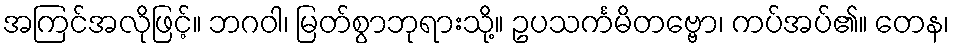
အကြင်အလိုဖြင့်။ ဘဂဝါ၊ မြတ်စွာဘုရားသို့။ ဥပသင်္ကမိတဗ္ဗော၊ ကပ်အပ်၏။ တေန၊